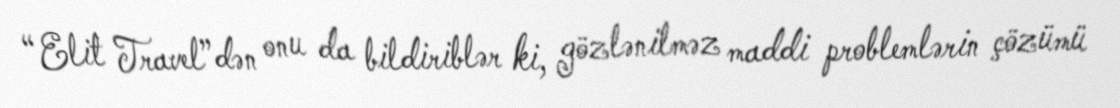
“Elit Travel”dən onu da bildiriblər ki, gözlənilməz maddi problemlərin çözümü